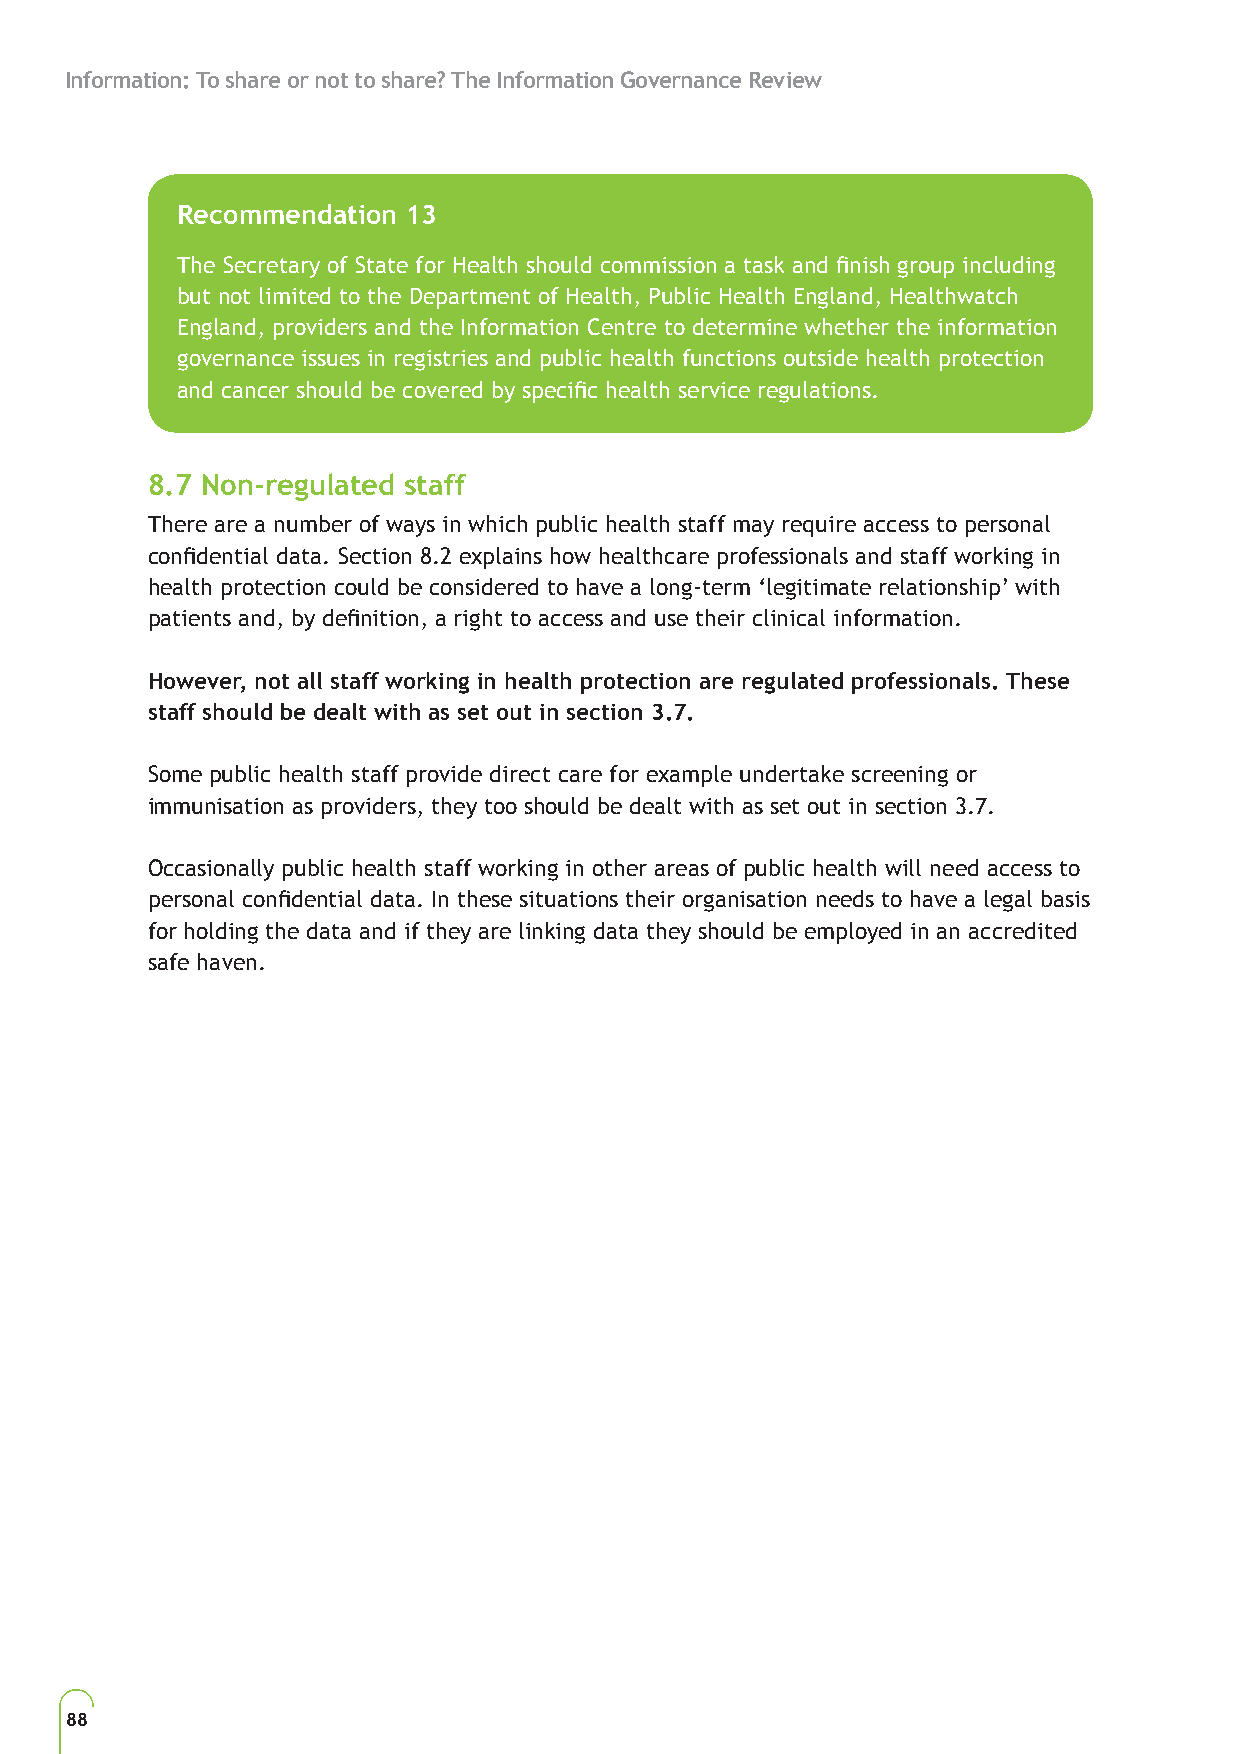
Information: To share or not to share? The Information Governance Review
 Recommendation 13
 The Secretary of State for Health should commission a task and finish group including
 but not limited to the Department of Health, Public Health England, Healthwatch
 England, providers and the Information Centre to determine whether the information
 governance issues in registries and public health functions outside health protection
 and cancer should be covered by specific health service regulations.
 8.7 Non-regulated staff
 There are a number of ways in which public health staff may require access to personal
 confidential data. Section 8.2 explains how healthcare professionals and staff working in
 health protection could be considered to have a long-term ‘legitimate relationship’ with
 patients and, by definition, a right to access and use their clinical information.
 However, not all staff working in health protection are regulated professionals. These
 staff should be dealt with as set out in section 3.7.
 Some public health staff provide direct care for example undertake screening or
 immunisation as providers, they too should be dealt with as set out in section 3.7.
 Occasionally public health staff working in other areas of public health will need access to
 personal confidential data. In these situations their organisation needs to have a legal basis
 for holding the data and if they are linking data they should be employed in an accredited
 safe haven.
 88